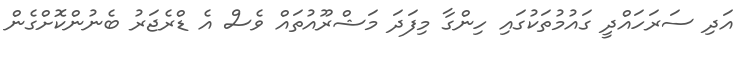
އަދި ސަރަހައްދީ ގައުމުތަކުގައި ހިންގާ މިފަދަ މަޝްރޫއުތައް ވެސް އެ ޑްރެޖަރު ބެނުންކޮށްގެން